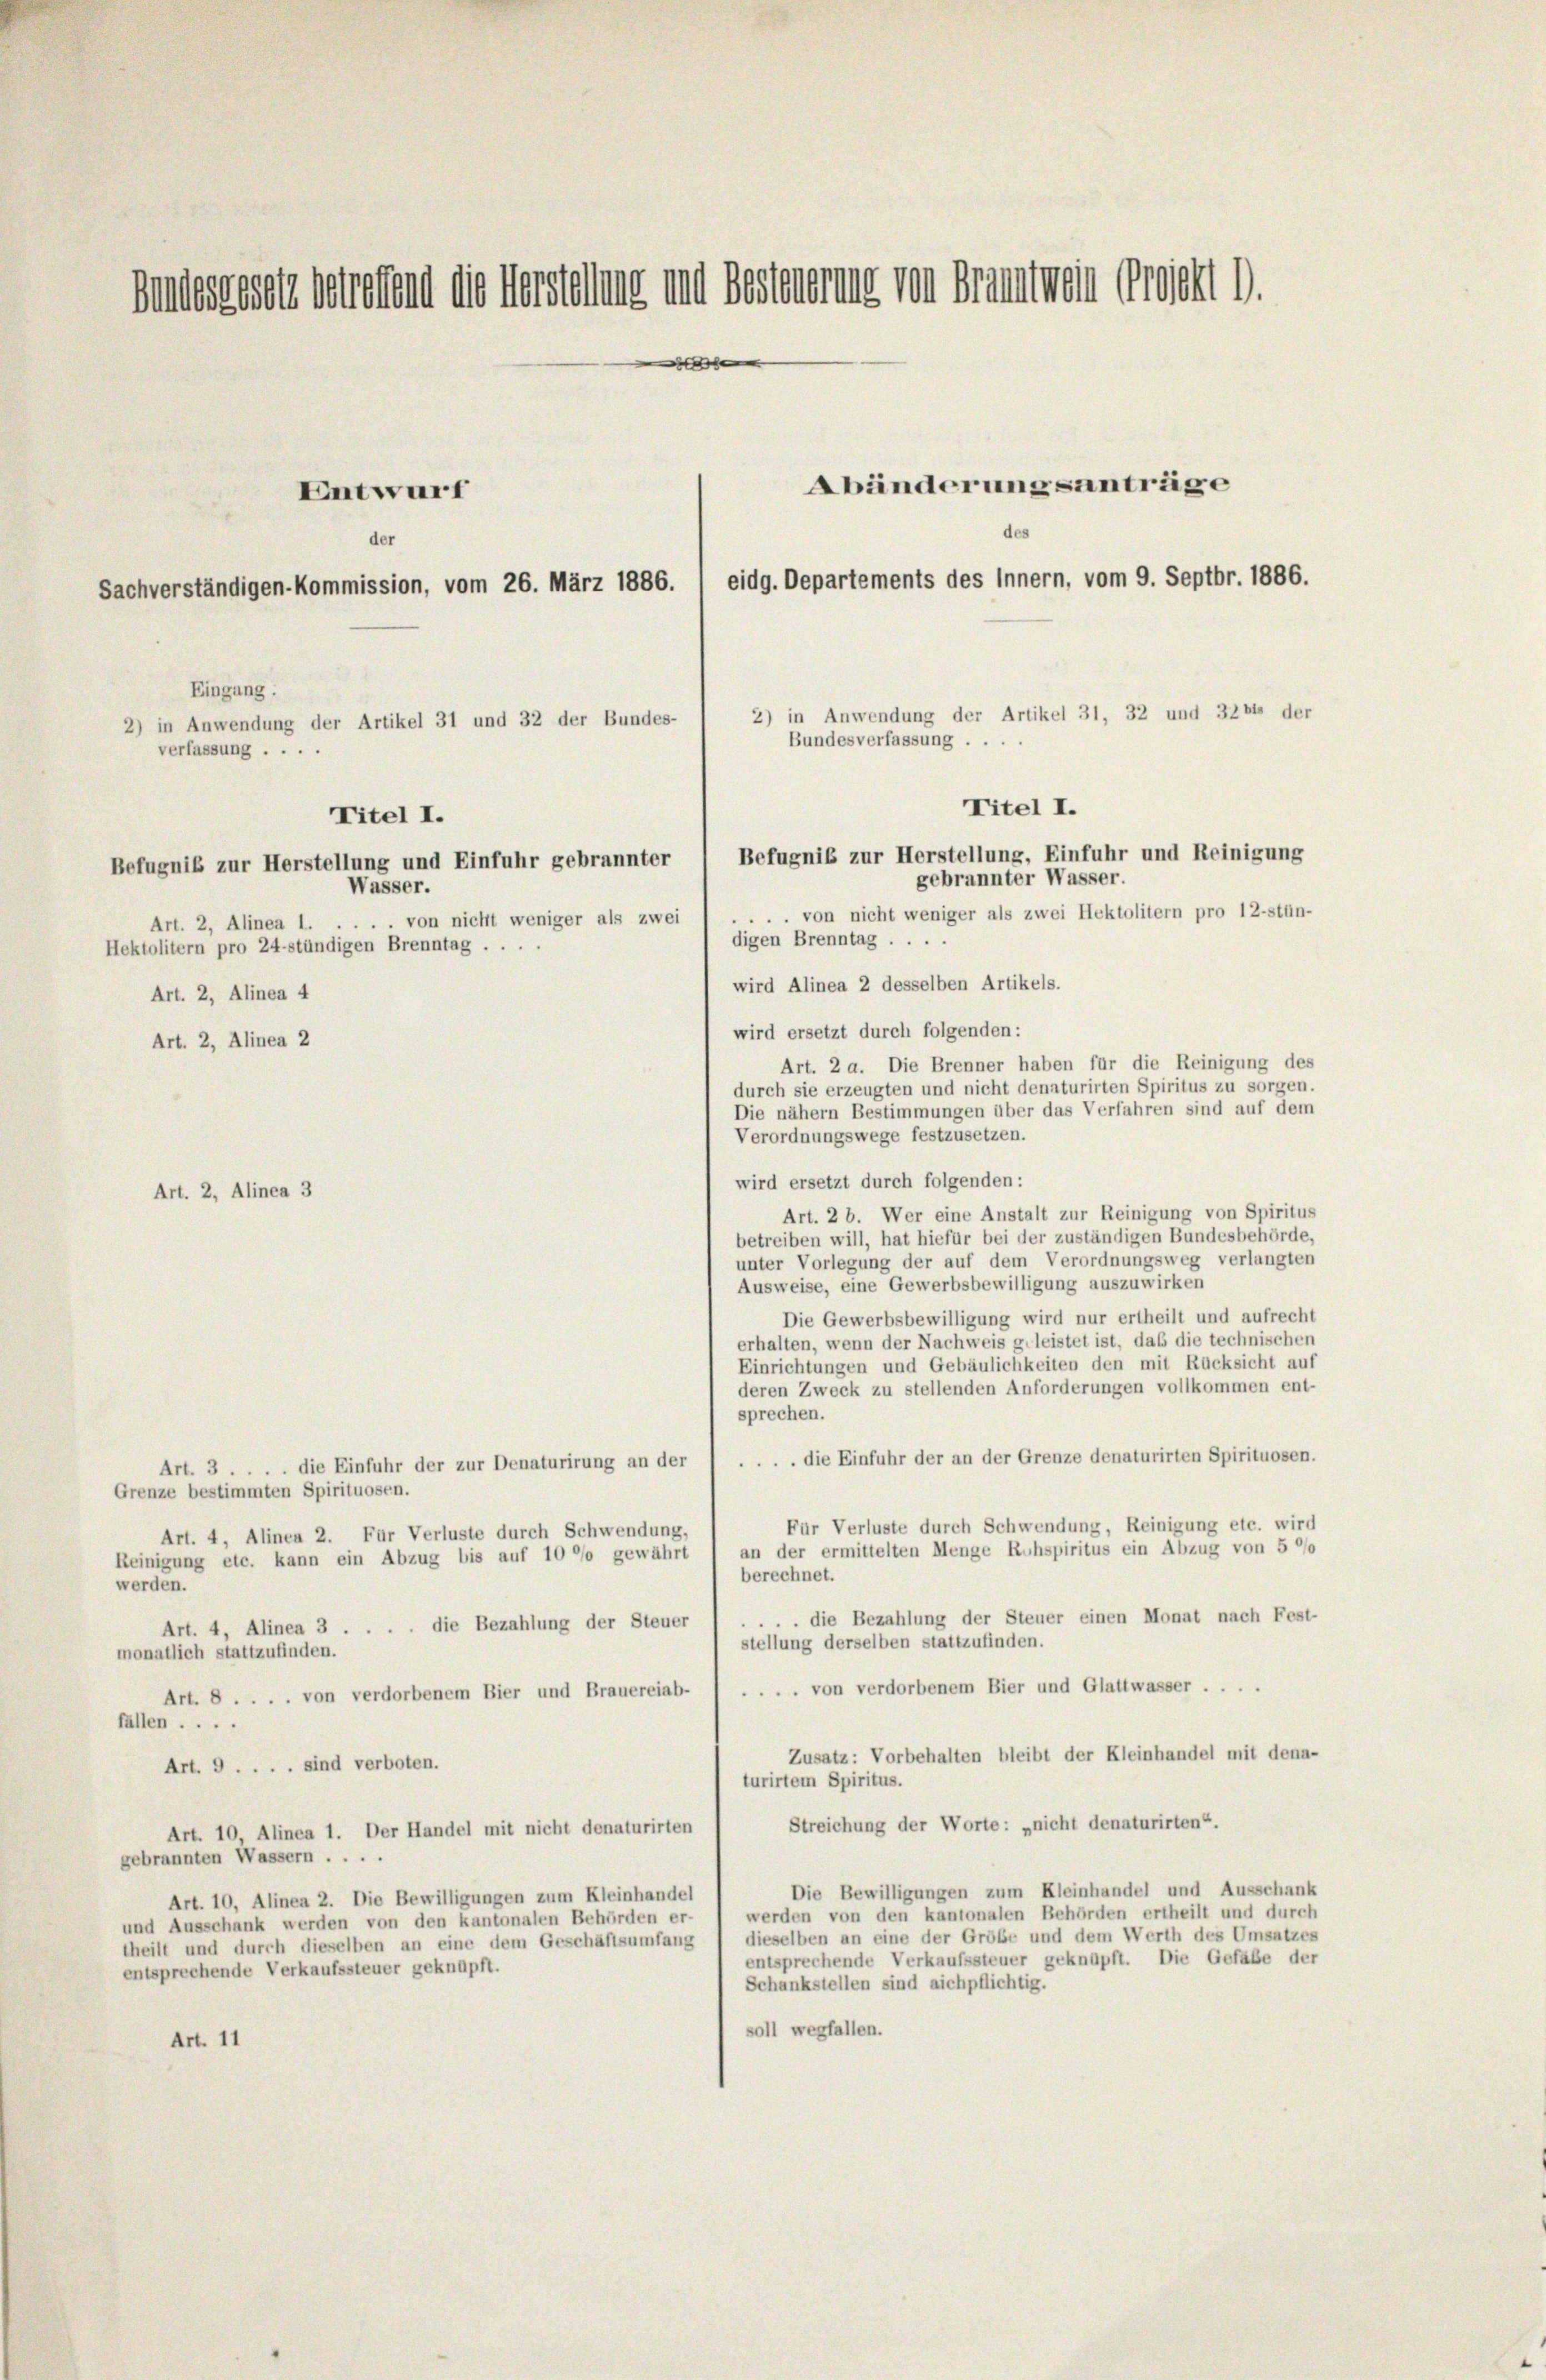
hindesgesetz betreffend die Verstellung und besteuerung von Grammen Projekt d.
e

Abänderungsanträge
Entwurf
des
der
eidg. Departements des Innern, vom 9. Septbr. 1886.
Sachverständigen-Kommission, vom 26. März 1886.
Eingang.
2) in Anwendung der Artikel 31, 32 und 3264 der
2) in Anwendung der Artikel 31 und 32 der Bundes-
Bundesverfassung . .
verfassung .....

Titel I.
Befugnis zur Herstellung und Einfuhr gebrannter
Wasser.
Art. 2, Alinea . . . . . von nicht weniger als zwei
Hektolitern pro 24stündigen Brenntag . . .
Art. 2, Alinea 4
Art. 2, Alinea 2

Befugnis zur Herstellung, Einfuhr und Reinigung
gebrannter Wasser.
.. von nicht weniger als zwei Hektolitern pro 12-stün-
digen Brenntag . . . .
wird Alinea 2 desselben Artikels.
wird ersetzt durch folgenden:
Art. 2 a. Die Brenner haben für die Reinigung des
durch sie erzeugten und nicht denaturirten Spiritus zu sorgen.
Die nähern Bestimmungen über das Verfahren sind auf dem
Verordnungswege festzusetzen.
wird ersetzt durch folgenden:
Art. 2 b. Wer eine Anstalt zur Reinigung von Spiritus
betreiben will, hat hiefür bei der zuständigen Bundesbehörde,
unter Vorlegung der auf dem Verordnungsweg verlangten
Ausweise, eine Gewerbsbewilligung auszuwirken
Die Gewerbsbewilligung wird nur ertheilt und aufrecht
erhalten, wenn der Nachweis geleistet ist, daß die technischen
Einrichtungen und Gebäulichkeiten den mit Rücksicht auf
deren Zweck zu stellenden Anforderungen vollkommen ent-
sprechen.
...die Einfuhr der an der Grenze denaturirten Spirituosen.
Art. 3 . . . . die Einfuhr der zur Denaturirung an der
Grenze bestimmten Spirituosen.
Für Verluste durch Schwendung, Reinigung etc. wird
Art. 4, Alinea 2. Für Verluste durch Schwendung,
an der ermittelten Menge Ruhspiritus ein Abzug von 5 0/0
Reinigung etc. kann ein Abzug bis auf 10 °/o gewährt
berechnet.
werden.
.. die Bezahlung der Steuer einen Monat nach Fest-
 die Bezahlung der Steuer
Art. 4, Alinea 3 ...
stellung derselben stattzufinden.
monatlich stattzufinden.
.. von verdorbenem Bier und Glattwasser . . . .
Art. 8 . . . . von verdorbenem Bier und Brauereiab-
fallen ....
Zusatz: Vorbehalten bleibt der Kleinhandel mit dena-
Art. 9 . . . . sind verboten.
piritus.
turirtem 8.
Streichung der Worte: „nicht denaturirten“.
Art. 10, Alinea 1. Der Handel mit nicht denaturirten
gebrannten Wassern ....
Die Bewilligungen zum Kleinhandel und Ausschank
Art. 10, Alinea 2. Die Bewilligungen zum Kleinhandel
und Ausschank werden von den kantonalen Behörden er- / werden von den kantonalen Behörden ertheilt und durch
dieselben an eine der Grösse und dem Werth des Umsatzes
theilt und durch dieselben an eine dem Geschäftsumfang
entsprechende Verkaufssteuer geknüpft. Die Gefabe der
entsprechende Verkaufssteuer geknüpft.
Schankstellen sind aichpflichtig.
soll wegfallen.
Art. 11

Art. 2, Alinea 3

Titel I.